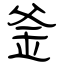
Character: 釜